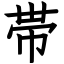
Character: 帯